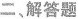
二、解答题